Scottish Leaving Certificate Examination, 1960
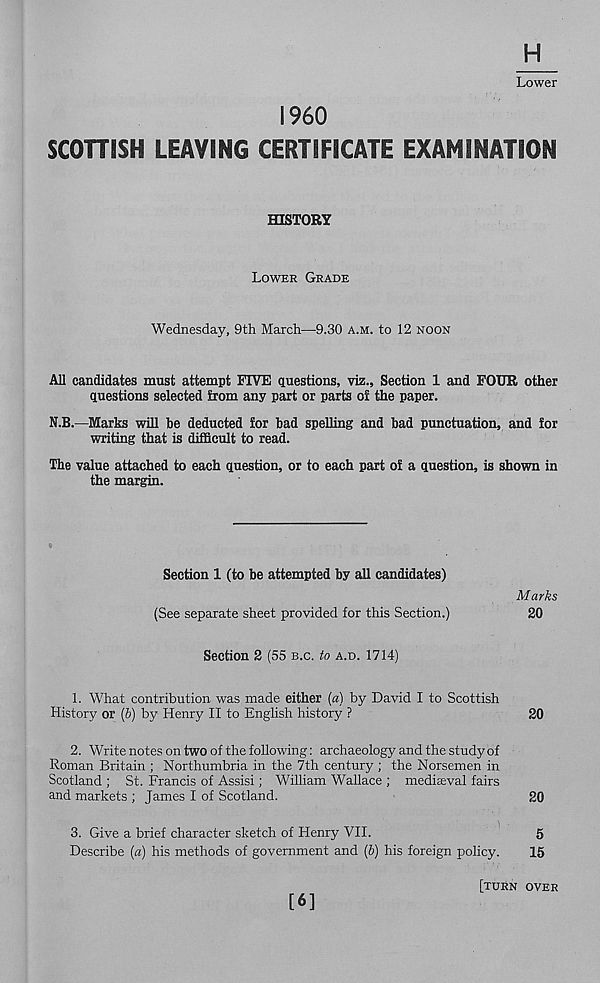
H
Lower
I960
SCOHISH LEAVING CERTIFICATE EXAMINATION
HISTORY
LOWER GRADE
Wednesday, 9th March—9.30 A.M. to 12 NOON
All candidates must attempt FIVE questions, viz.. Section 1 and FOUR other
questions selected Erom any part or parts of the paper.
N.B.—Marks will be deducted for bad spelling and bad punctuation, and for
writing that is difficult to read.
The value attached to each question, or to each part of a question, is shown in
the margin.
Section 1 (to be attempted by all candidates)
Marks
(See separate sheet provided for this Section.)
20
Section 2 (55 B.C. to A.D. 1714)
1. What contribution was made either {a) by David I to Scottish
History or {b) by Henry II to English history ?
20
2. Write notes on two of the following: archaeology and the study of
Roman Britain ; Northumbria in the 7th century ; the Norsemen in
Scotland ; St. Francis of Assisi; William Wallace ; medieval fairs
and markets ; James I of Scotland.
20
3. Give a brief character sketch of Henry VII.
5
Describe {a) his methods of government and (5) his foreign policy.
15
[6]
[TURN OVER